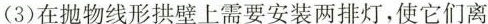
(3)在抛物线形拱壁上需要安装两排灯，使它们离